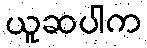
ယူဆပါက